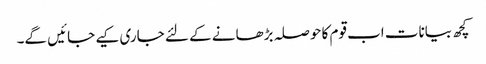
کچھ بیانات اب قوم کا حوصلہ بڑھانے کے لئے جاری کیے جائیں گے۔